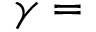
\gamma =